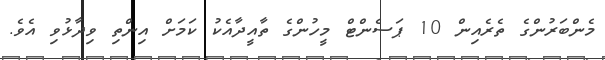
މެންބަރުންގެ ތެރެއިން 10 ޕަސެންޓް މީހުންގެ ތާއީދާއެކު ކަމަށް އިންތި ވިދާޅުވި އެވެ.